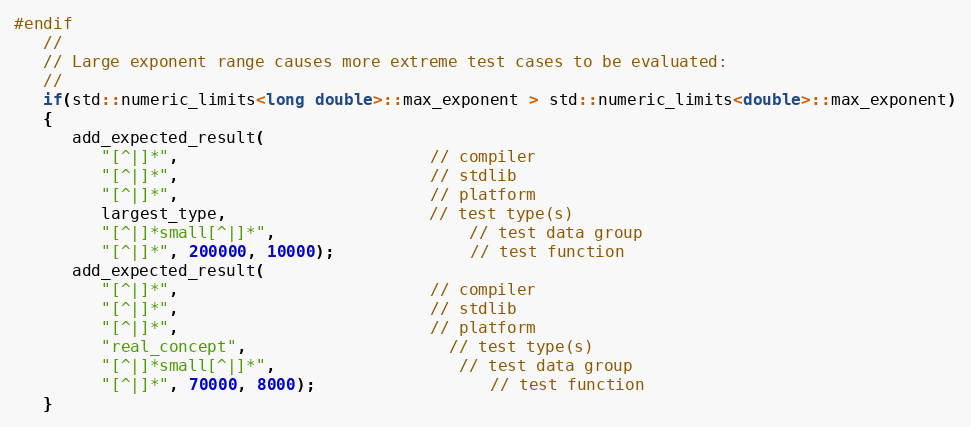
Language: C++
#endif
   //
   // Large exponent range causes more extreme test cases to be evaluated:
   //
   if(std::numeric_limits<long double>::max_exponent > std::numeric_limits<double>::max_exponent)
   {
      add_expected_result(
         "[^|]*",                          // compiler
         "[^|]*",                          // stdlib
         "[^|]*",                          // platform
         largest_type,                     // test type(s)
         "[^|]*small[^|]*",                    // test data group
         "[^|]*", 200000, 10000);              // test function
      add_expected_result(
         "[^|]*",                          // compiler
         "[^|]*",                          // stdlib
         "[^|]*",                          // platform
         "real_concept",                     // test type(s)
         "[^|]*small[^|]*",                   // test data group
         "[^|]*", 70000, 8000);                  // test function
   }